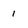
Character: 1